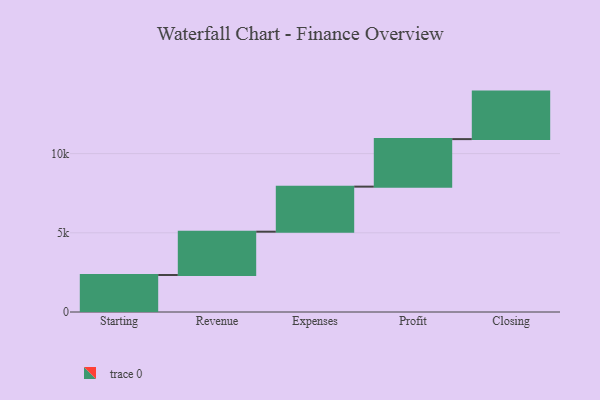
{"axis": {"x": "Step", "y": "Value"}, "legend": [""], "data": [{"x": "Starting", "y": 2336.0, "type": ""}, {"x": "Revenue", "y": 2735.0, "type": ""}, {"x": "Expenses", "y": 2845.0, "type": ""}, {"x": "Profit", "y": 3000, "type": ""}, {"x": "Closing", "y": 3000, "type": ""}]}